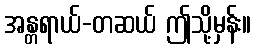
အန္တရာယ်-တဆယ် ဤသို့မှန်း။